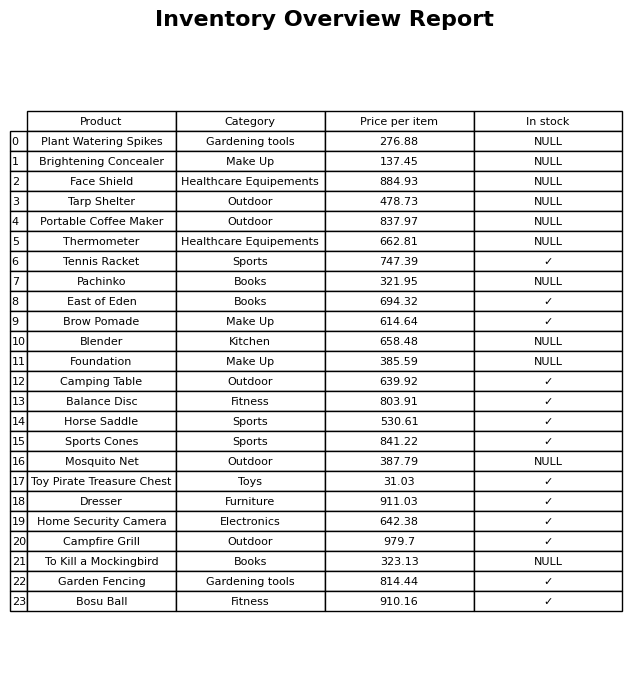
question: What is the price of the Blender?
answer: The price of Blender is 658.48.